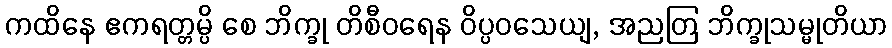
ကထိနေ ဧကရတ္တမ္ပိ စေ ဘိက္ခု တိစီဝရေန ဝိပ္ပဝသေယျ, အညတြ ဘိက္ခုသမ္မုတိယာ